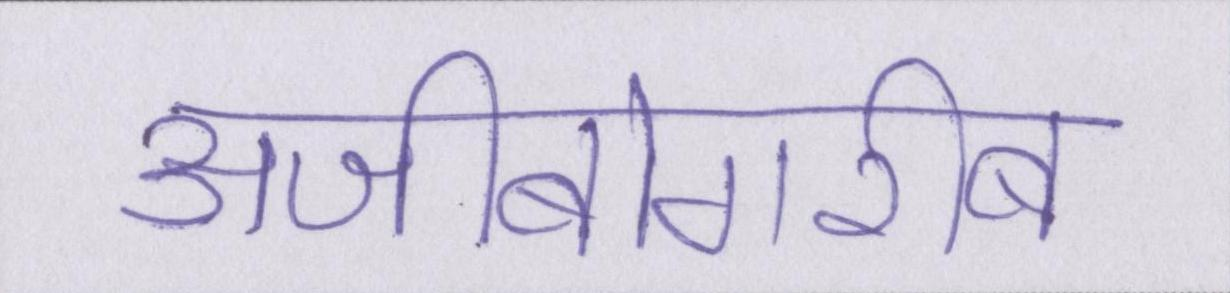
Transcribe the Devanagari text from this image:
अजीबोगरीब